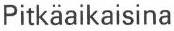
Pitkäaikaisina